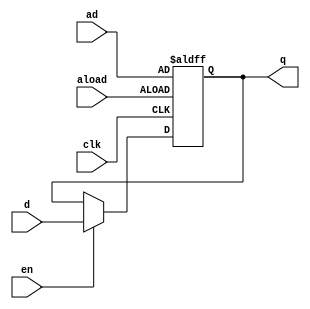
module aldffe( input [0:3] d, input [0:3] ad, input clk, aload, en, output reg [0:3] q );
	always @( posedge clk, posedge aload)
		if (aload)
			q <= ad;
		else
			if (en)
				q <= d;
endmodule